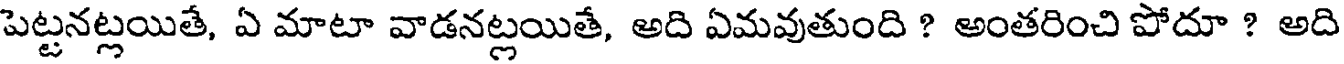
పెట్టనట్లయితే, ఏ మాటా వాడనట్లయితే, అది ఏమవుతుంది ? అంతరించి పోదూ ? అది